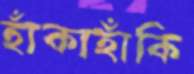
হাঁকাহাঁকি